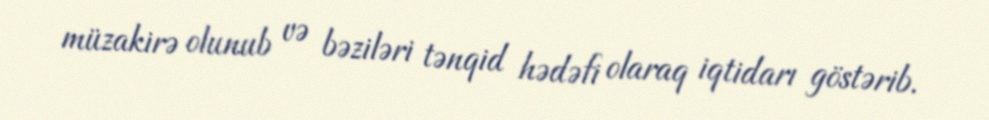
müzakirə olunub və bəziləri tənqid hədəfi olaraq iqtidarı göstərib.